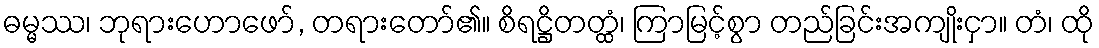
ဓမ္မဿ၊ ဘုရားဟောဖော်, တရားတော်၏။ စိရဋ္ဌိတတ္ထံ၊ ကြာမြင့်စွာ တည်ခြင်းအကျိုးငှာ။ တံ၊ ထို